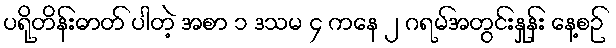
ပရိုတိန်းဓာတ် ပါတဲ့ အစာ ၁ ဒသမ ၄ ကနေ ၂ ဂရမ်အတွင်းနှုန်း နေ့စဉ်